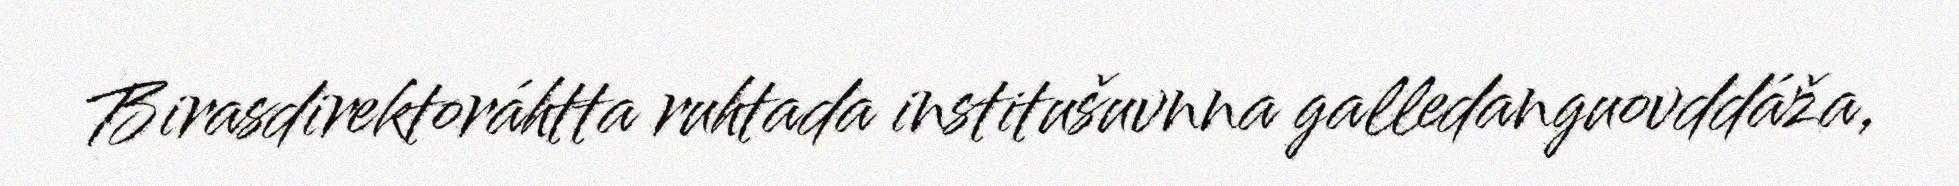
Birasdirektoráhtta ruhtada institušuvnna galledanguovddáža,